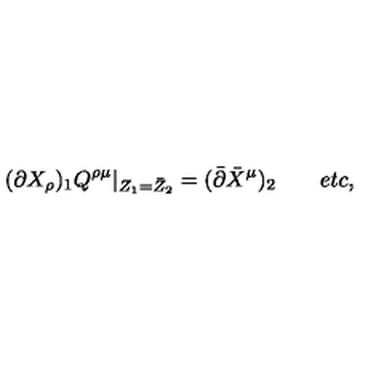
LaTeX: ( \partial X _ { \rho } ) _ { 1 } Q ^ { \rho \mu } | _ { Z _ { 1 } = \bar { Z } _ { 2 } } = ( \bar { \partial } \bar { X } ^ { \mu } ) _ { 2 } \qquad e t c ,